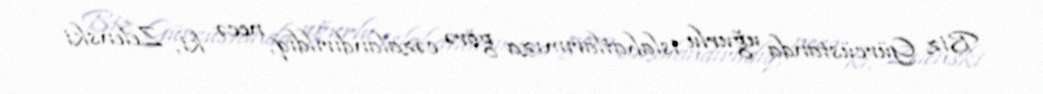
Biz Gürcüstanda uğurlu islahatlarımıza görə cəzalandırıldıq, necə ki, Zelenski